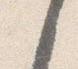
之